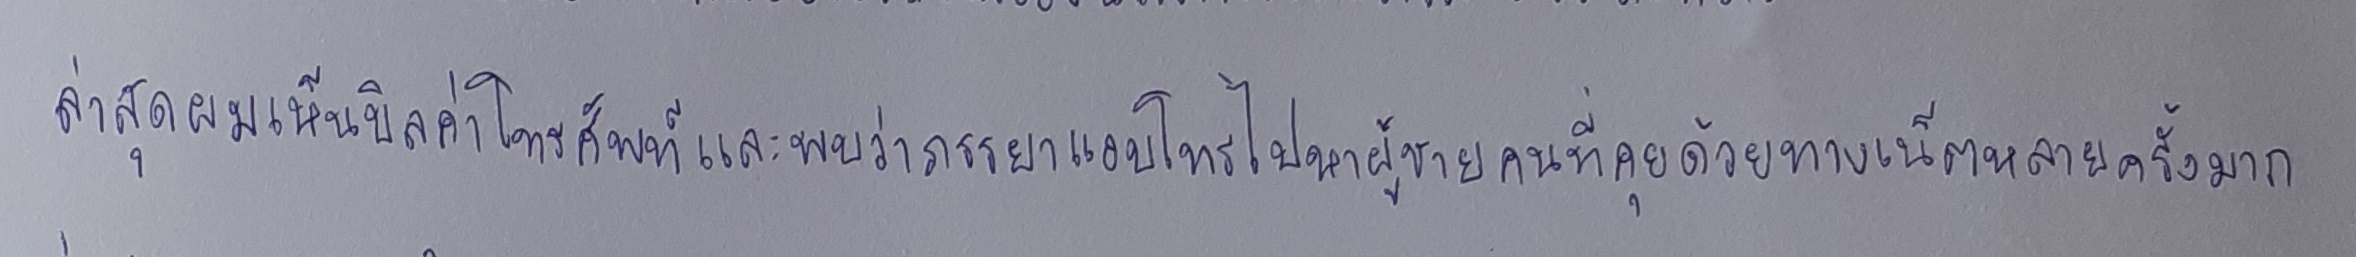
ล่าสุดผมเห็นบิลค่าโทรศัพท์และพบว่าภรรยาแอบโทรไปหาผู้ชายคนที่คุยด้วยทางเน็ตหลายครั้งมาก